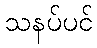
သနပ်ပင်